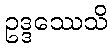
ဥဒ္ဒဿေသိ